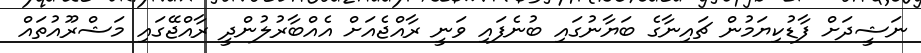
ނަޝީދަށް ފާޑުކިޔަމުން ޗައިނާގެ ބަޔާނުގައި ބުނެފައި ވަނީ ރާއްޖެއަށް އެއްބާރުލުންދީ ރާއްޖޭގައި މަޝްރޫއުތައް